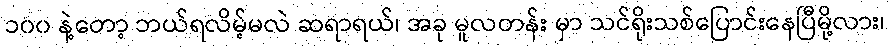
၁၀၀ နဲ့တော့ ဘယ်ရလိမ့်မလဲ ဆရာရယ်၊ အခု မူလတန်း မှာ သင်ရိုးသစ်ပြောင်းနေပြီမို့လား၊